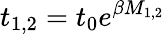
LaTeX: t_{1,2}=t_{0}e^{\beta M_{1,2}}